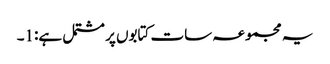
یہ مجموعہ سات کتابوں پر مشتمل ہے:1۔